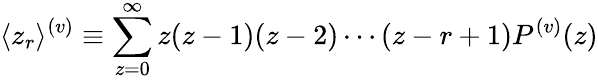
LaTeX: \langle z_{r}\rangle^{(v)}\equiv\sum_{z=0}^{\infty}z(z-1)(z-2)\cdots(z-r+1)P^{(v)}(z)